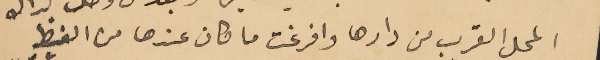
المحل القريب من دارها وافرغت ما كان عندها من الغيظ